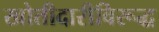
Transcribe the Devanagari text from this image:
खोतीदारीविरूद्ध